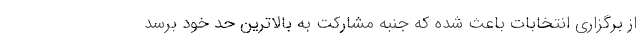
از برگزاری انتخابات باعث شده که جنبه مشارکت به بالاترین حد خود برسد